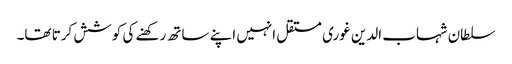
سلطان شہاب الدین غوری مستقل انہیں اپنے ساتھ رکھنے کی کوشش کرتا تھا۔